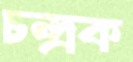
চন্দ্রক